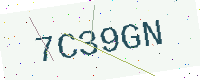
Text: 7C39GN